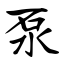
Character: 泵